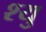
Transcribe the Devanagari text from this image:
श्यु